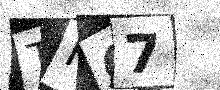
Text: THC7